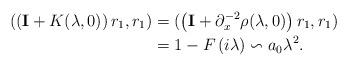
LaTeX: \begin{align*}\left( \left( \mathbf{I}+K(\lambda,0)\right) r_{1},r_{1}\right) &=(\left( \mathbf{I}+\partial_{x}^{-2}\rho(\lambda,0)\right) r_{1},r_{1})\\& =1-F\left( i\lambda\right) \backsim a_{0}\lambda^{2}.\end{align*}